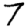
Digit: 7